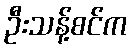
ဦးသန့်စင်က